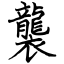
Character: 襲